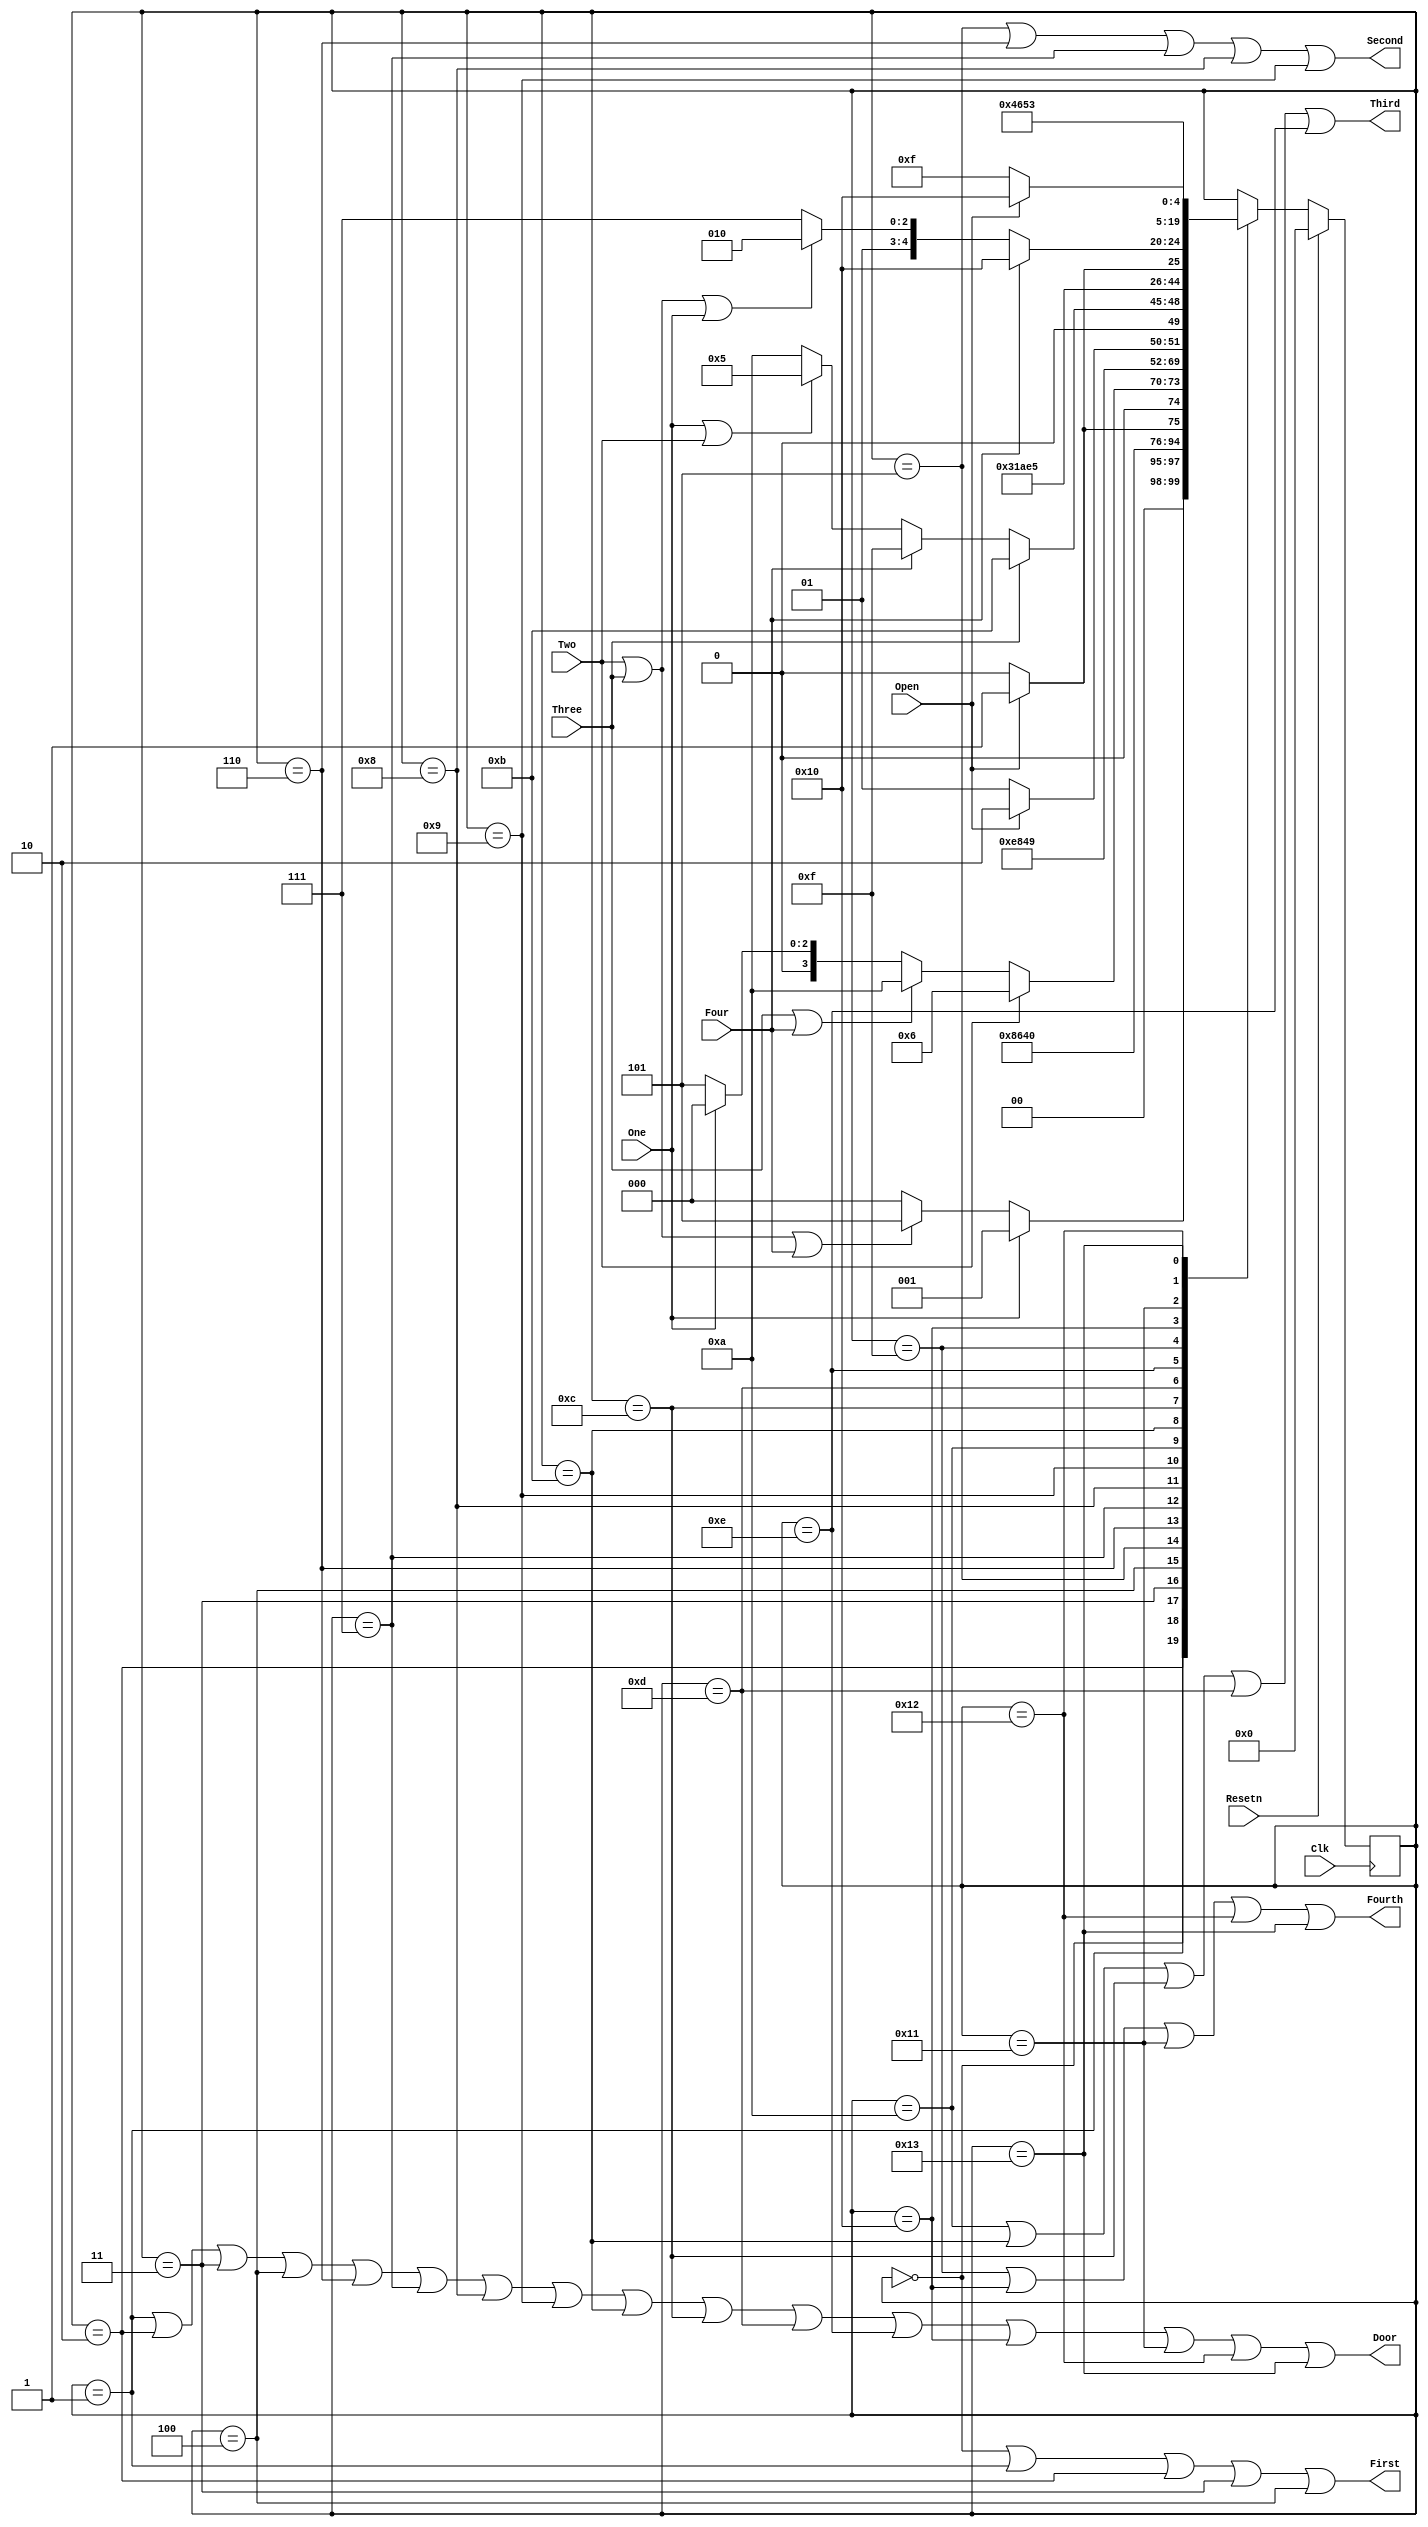
`timescale 1ns / 1ps
//////////////////////////////////////////////////////////////////////////////////
// Company: 
// Engineer: 
// 
// Design Name: 
// Module Name:    Elevator_top 
// Project Name: 
// Target Devices: 
// Tool versions: 
// Description: 
//
// Dependencies: 
//
// Revision: 
// Revision 0.01 - File Created
// Additional Comments: 
//
//////////////////////////////////////////////////////////////////////////////////
module Elevator_top(
    input One,
    input Two,
    input Three,
    input Four,
    input Clk,
    input Open,
	 input Resetn,
    output First,
    output Second,
    output Third,
    output Fourth,
    output Door
    );
	 parameter A = 5'b00000, B = 5'b00001, C = 5'b00010, D = 5'b00011, E = 5'b00100, F = 5'b00101,
	 G = 5'b00110, H = 5'b00111, I = 5'b01000, J = 5'b01001, K = 5'b01010, L = 5'b01011, M = 5'b01100, N = 5'b01101,
	 O = 5'b01110, P = 5'b01111, Q = 5'b10000, R = 5'b10001, S = 5'b10010, T = 5'b10011 ;
	 
   (* FSM_ENCODING="SEQUNTIAL", SAFE_IMPLEMENTATION="NO" *) reg [4:0] state = A;

   always@(posedge Clk)
      if (Resetn) begin
         state <= A;
      end
      else
         (* FULL_CASE, PARALLEL_CASE *) case (state)
            //First Floor
				A : begin
               if (One)
                  state <= B;
               else if (Two | Three | Four)
                  state <= F;
               else
                  state <= A;
            end
				B : begin
               state <= C;
            end
				C : begin
               state <= D;
            end
				D : begin
               state <= E;
            end
				E : begin
               if (Open)
						state <= B;
					else
						state <= A;
            end
				
				//Second Floor
				F : begin
               if (Two)
                  state <= G;
               else if (Three | Four)
                  state <= K;
					else if (One)
                  state <= A;
               else
                  state <= F;
            end
				G : begin
               state <= H;
            end
				H : begin
               state <= I;
            end
				I : begin
               state <= J;
            end
				J : begin
               if (Open)
						state <= G;
					else
						state <= F;
            end
				
				//Third Floor
				K : begin
               if (Three)
                  state <= L;
               else if (Four)
                  state <= P;
					else if (One | Two)
                  state <= F;
               else
                  state <= K;
            end
				L : begin
               state <= M;
            end
				M : begin
               state <= N;
            end
				N : begin
               state <= O;
            end
				O : begin
               if (Open)
						state <= L;
					else
						state <= K;
            end
				
				//Fourth Floor
				P : begin
               if (Four)
                  state <= Q;
               else if (Two | Three | One)
                  state <= K;
               else
                  state <= P;
            end
				Q : begin
               state <= R;
            end
				R : begin
               state <= S;
            end
				S : begin
               state <= T;
            end
				T : begin
               if (Open)
						state <= Q;
					else
						state <= P;
            end
				
				
         endcase

   assign First = (state == A|state == B| state == C| state == D| state == E);
   assign Second = (state == F| state == G | state == H| state == I| state == J);
	assign Third = (state == K | state == L | state == M | state == N|state == O);
   assign Fourth = (state == P| state == Q| state == R| state == S| state == T);
	assign Door = (state == B| state == C| state == D|state == E|state == G|
	               state == H| state == I| state == J| state == L| state == M|
						state == N| state == O| state == Q| state == R| state == S|state == T);
   // Add other output equations as necessary
		   
			


endmodule